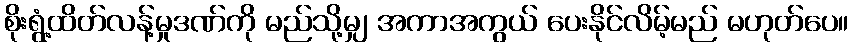
စိုးရွံ့ထိတ်လန့်မှုဒဏ်ကို မည်သို့မျှ အကာအကွယ် ပေးနိုင်လိမ့်မည် မဟုတ်ပေ။